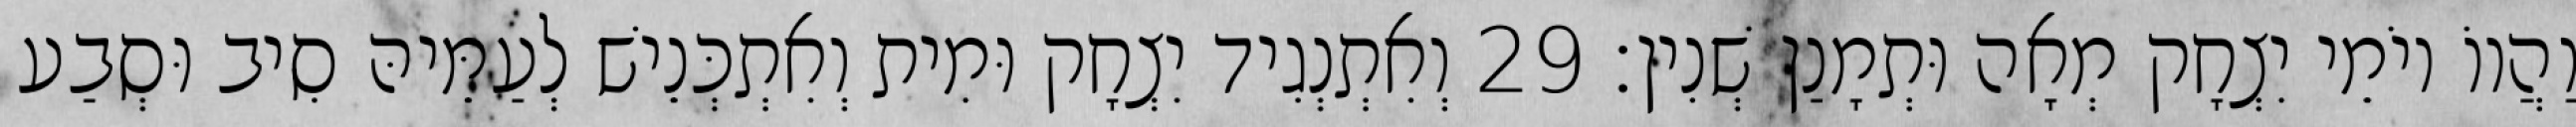
וַהֲווֹ יוֹמֵי יִצְחָק מְאָה וּתְמָנַן שְׁנִין׃ 29 וְאִתְנְגִיד יִצְחָק וּמִית וְאִתְכְּנֵישׁ לְעַמֵּיהּ סִיב וּסְבַע